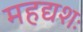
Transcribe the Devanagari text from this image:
महद्यशः